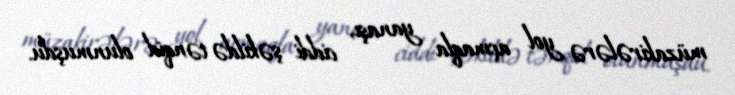
müzakirələrə yol açmaqla yanaşı, ciddi şəkildə tənqid olunmuşdu.